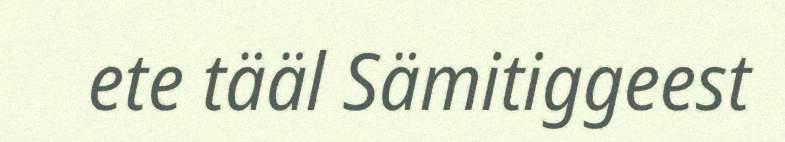
ete tääl Sämitiggeest